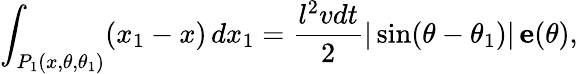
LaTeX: \int_{P_{1}(x,\theta,\theta_{1})}(x_{1}-x)\, dx_{1}{}={}\frac{l^{2}vdt}{2}|\sin(\theta-\theta_{1})|\, {\mathbf e}(\theta),